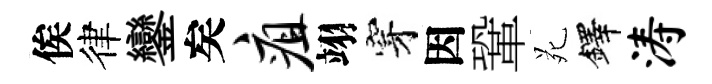
俟律鑾矣疽翊穿因鞏苑鐸涛